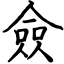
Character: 僉